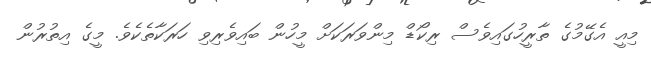
މިއީ އެގޭމުގެ ތާރީހުގައިވެސް ރިކޯޑް މިންވަރަކަށް މީހުން ބައިވެރިވި ހަރަކާތެކެވެ. މީގެ އިތުރުން